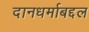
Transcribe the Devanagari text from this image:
दानधर्माबद्दल